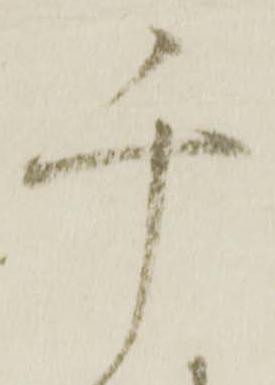
千